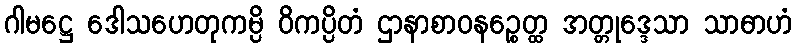
ဂါမဋ္ဌေ ဒေါသဟေတုကမ္ပိ ဝိကပ္ပိတံ ဌာနာစာဝနဉ္စေတ္ထ အတ္တုဒ္ဒေသာ သာဓာဟံ